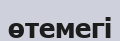
өтемегі